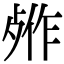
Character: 𬆖